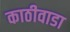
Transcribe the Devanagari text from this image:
काठीवाडा